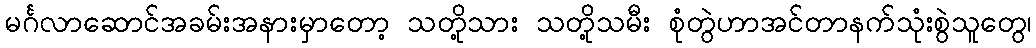
မင်္ဂလာဆောင်အခမ်းအနားမှာတော့ သတို့သား သတို့သမီး စုံတွဲဟာအင်တာနက်သုံးစွဲသူတွေ၊